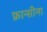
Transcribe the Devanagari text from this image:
फ्रान्सीना